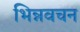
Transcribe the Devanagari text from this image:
भिन्नवचन